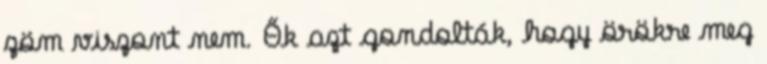
zöm viszont nem. Ők azt gondolták, hogy örökre meg